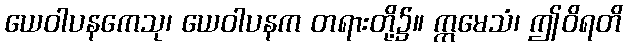
ယေဝါပနကေသု၊ ယေဝါပနက တရားတို့၌။ ဣမေသံ၊ ဤဝိရတိ